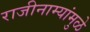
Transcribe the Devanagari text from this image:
राजीनाम्यांमुळे